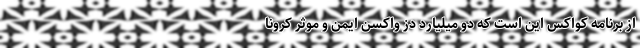
از برنامه کواکس این است که دو میلیارد دُز واکسن ایمن و موثر کرونا